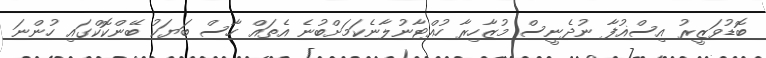
ބޮޑުވަޒީރު އިސްޣުފާ ނުދެނީސް މުޒާހިރާ ހުއްޓާނުލާނެކަމަށްބުނެ އެތައް ހާސް ބަޔަކު ބޭންކޮކްގައި ހުންނަ